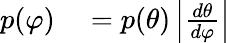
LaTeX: \begin{array}{rl}{p(\varphi)}&{{}=p(\theta)\left|{\frac{d\theta}{d\varphi}}\right|}\end{array}